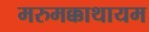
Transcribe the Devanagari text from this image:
मरुमक्काथायम